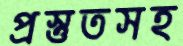
প্রস্তুতসহ